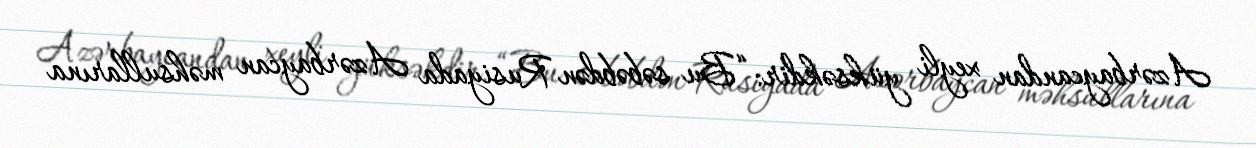
Azərbaycandan xeyli yüksəkdir: “Bu səbəbdən Rusiyada Azərbaycan məhsullarına